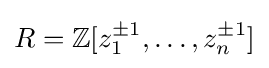
R=\mathbb {Z} [z_{1}^{\pm 1},\dots ,z_{n}^{\pm 1}]